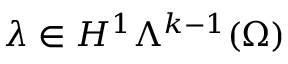
\lambda \in H ^ { 1 } \Lambda ^ { k - 1 } ( \Omega )